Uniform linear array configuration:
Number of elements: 48
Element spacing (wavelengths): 0.25
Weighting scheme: hamming
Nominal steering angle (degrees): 0
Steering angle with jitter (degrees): -1.432
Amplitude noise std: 0.05
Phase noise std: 0.05

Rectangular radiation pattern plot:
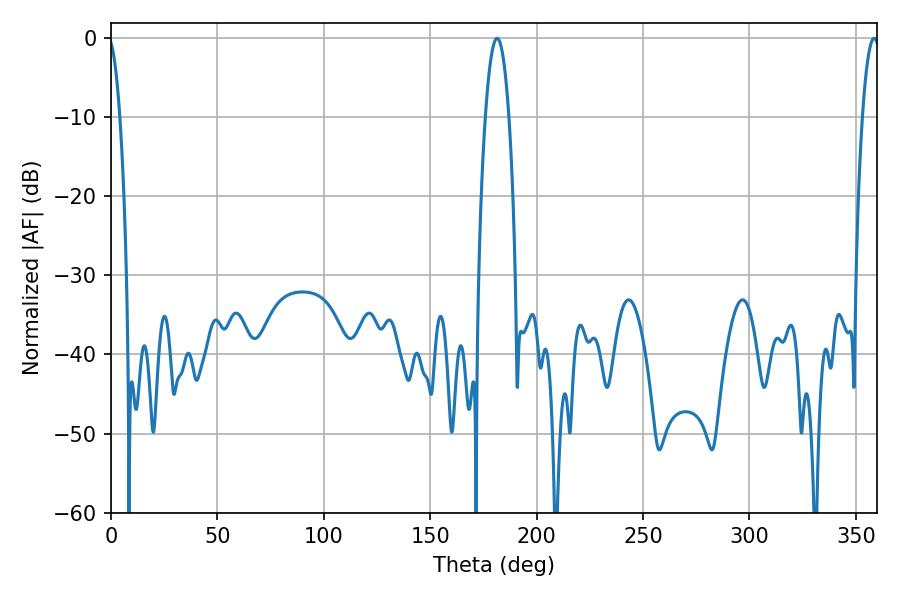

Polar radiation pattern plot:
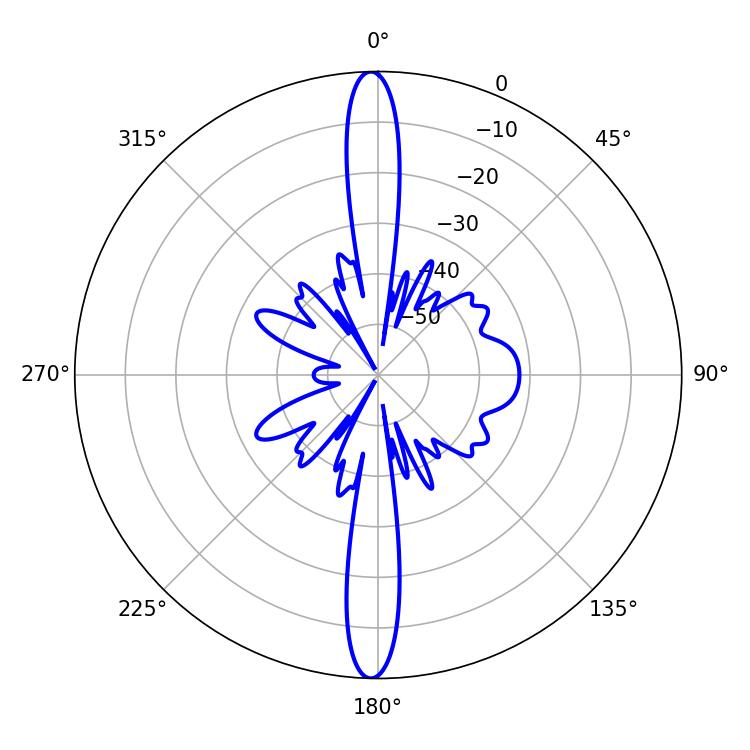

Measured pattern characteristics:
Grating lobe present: FALSE
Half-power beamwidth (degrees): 6.12
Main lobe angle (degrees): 181.44